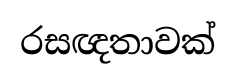
රසඥතාවක්